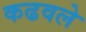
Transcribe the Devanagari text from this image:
कढवले